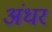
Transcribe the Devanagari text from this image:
अंधर